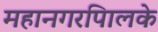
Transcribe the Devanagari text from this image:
महानगरपािलके